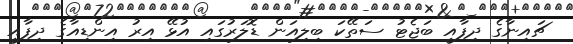
ޗައިނާގެ ދިފާއީ ބަޖެޓު ސަތޭކަ ބިލިއަން ޑޮލަރުގައި އުޅޭ އިރު އިންޑިއާގެ ދިފާއީ